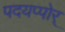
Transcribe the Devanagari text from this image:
पदयप्पोर्